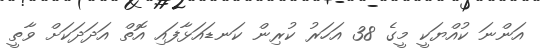
އަންނަ ކުއްޔަކީ މީގެ 38 އަހަރު ކުރިން ކަނޑައަޅާފައި އޮތް އަދަދަަކަށް ވާތީ